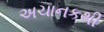
અચાનકથી